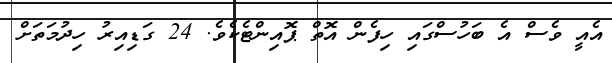
އެއީ ވެސް އެ ބަހުސްގައި ހިފެން އޮތް ޕޮއިންޓެކެވެ. 24 ގަޑިއިރު ހިދުމަތަށް